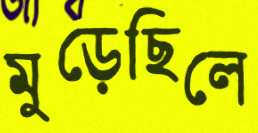
মুড়েছিলে